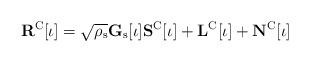
LaTeX: \begin{align*}\mathbf{R}^\mathrm{C}[\iota]=\sqrt{\rho_\mathrm{s}}\mathbf{G}_\mathrm{s}[\iota]\mathbf{S}^\mathrm{C}[\iota]+\mathbf{L}^\mathrm{C}[\iota]+\mathbf{N}^\mathrm{C}[\iota]\end{align*}